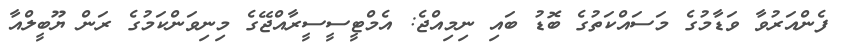
ފެންއަރުވާ ވަޑާމުގެ މަސައްކަތުގެ ބޮޑު ބައި ނިމިއްޖެ: އެމްޓީސީސީރާއްޖޭގެ މިނިވަންކަމުގެ ރަން ޔޫބީލްއާ